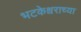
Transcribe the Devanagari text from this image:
भटकेश्वराच्या